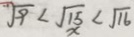
\sqrt { 9 } < \sqrt { 1 5 } < \sqrt { 1 6 }